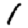
Digit: 1